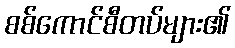
စစ်ကောင်စီတပ်များ၏